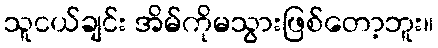
သူငယ်ချင်း အိမ်ကိုမသွားဖြစ်တော့ဘူး။